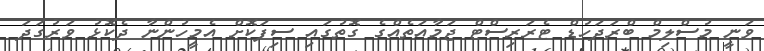
ވަނީ މުސްލިމް ބްރަދަހުޑް ޓެރަރިސްޓް ޖަމާއަތެއްގެ ގޮތުގައި ސިފަކޮށް އެމީހުންނާ ދެކޮޅު ވަރުގަދަ